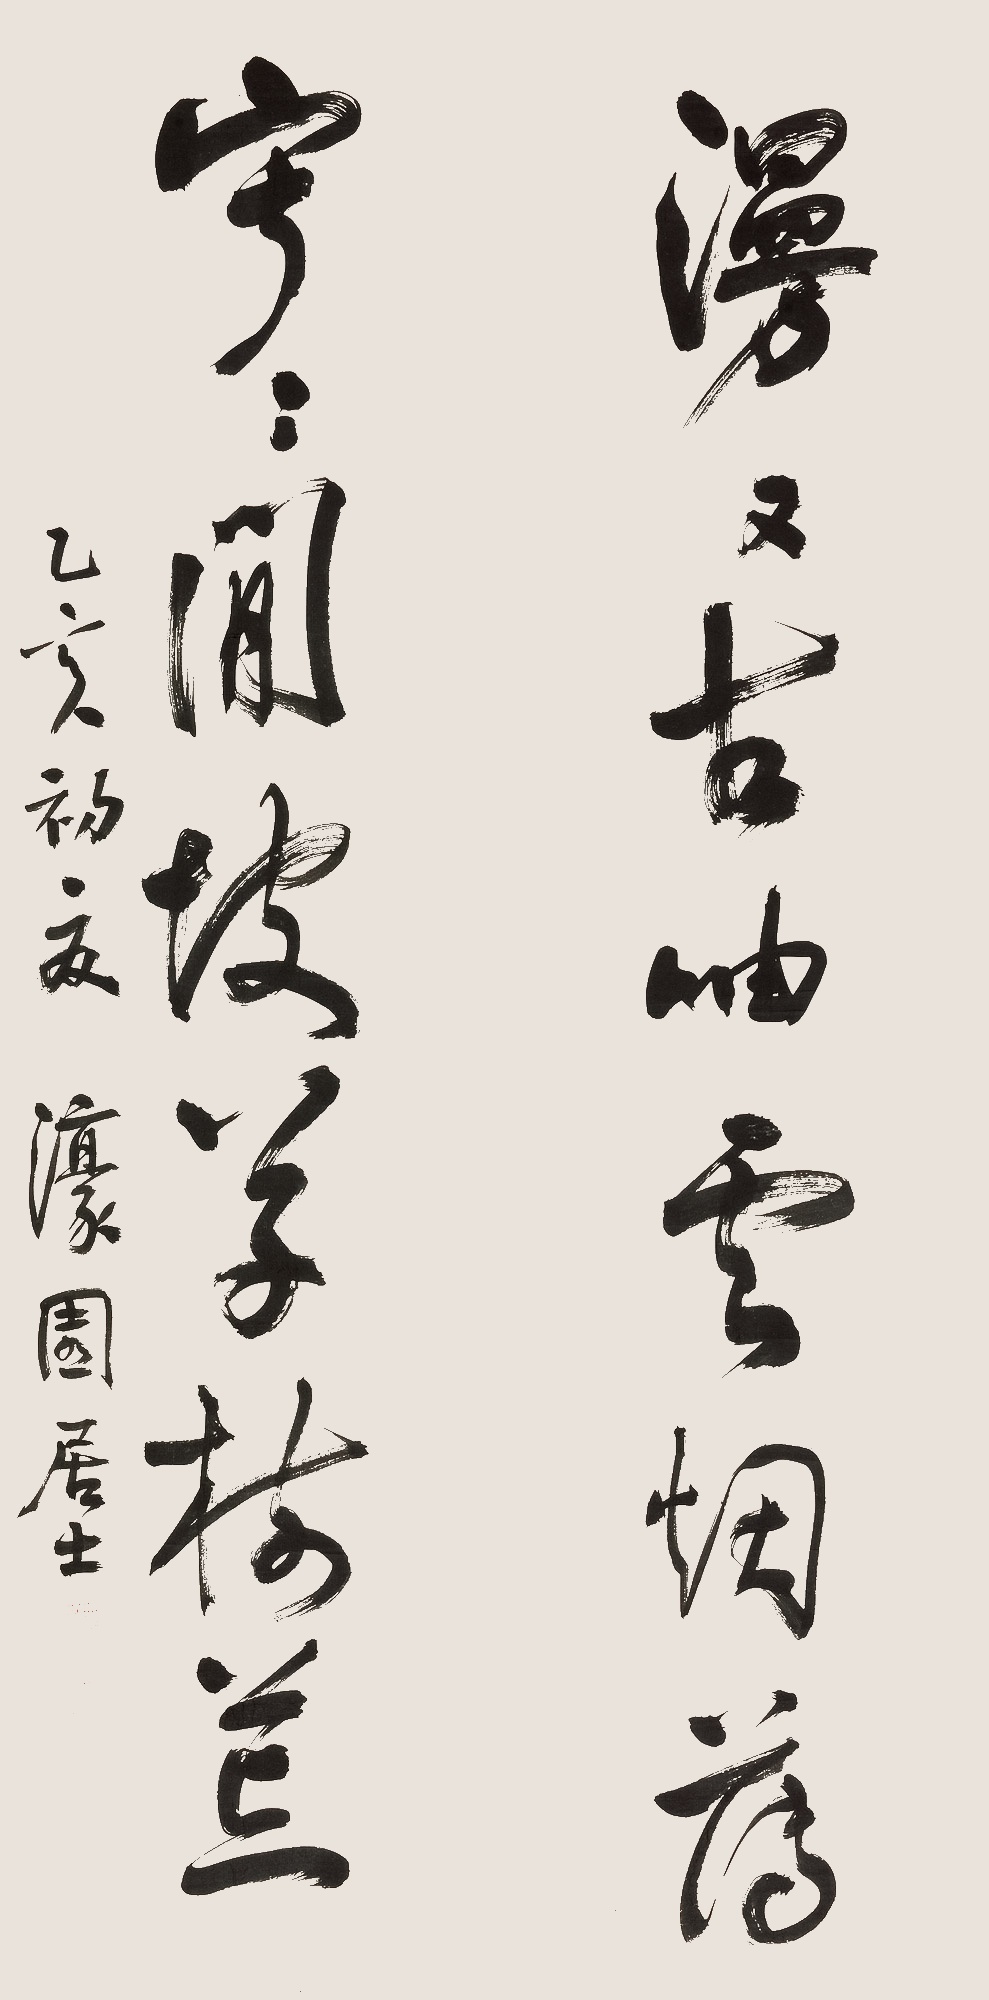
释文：漫漫古岫云烟薄，寂寂闲坡草木荒。乙亥初夏，濠园居士。